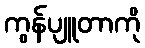
ကွန်ပျူတာကို